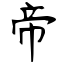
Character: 帝